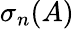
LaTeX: \sigma_{n}(A)